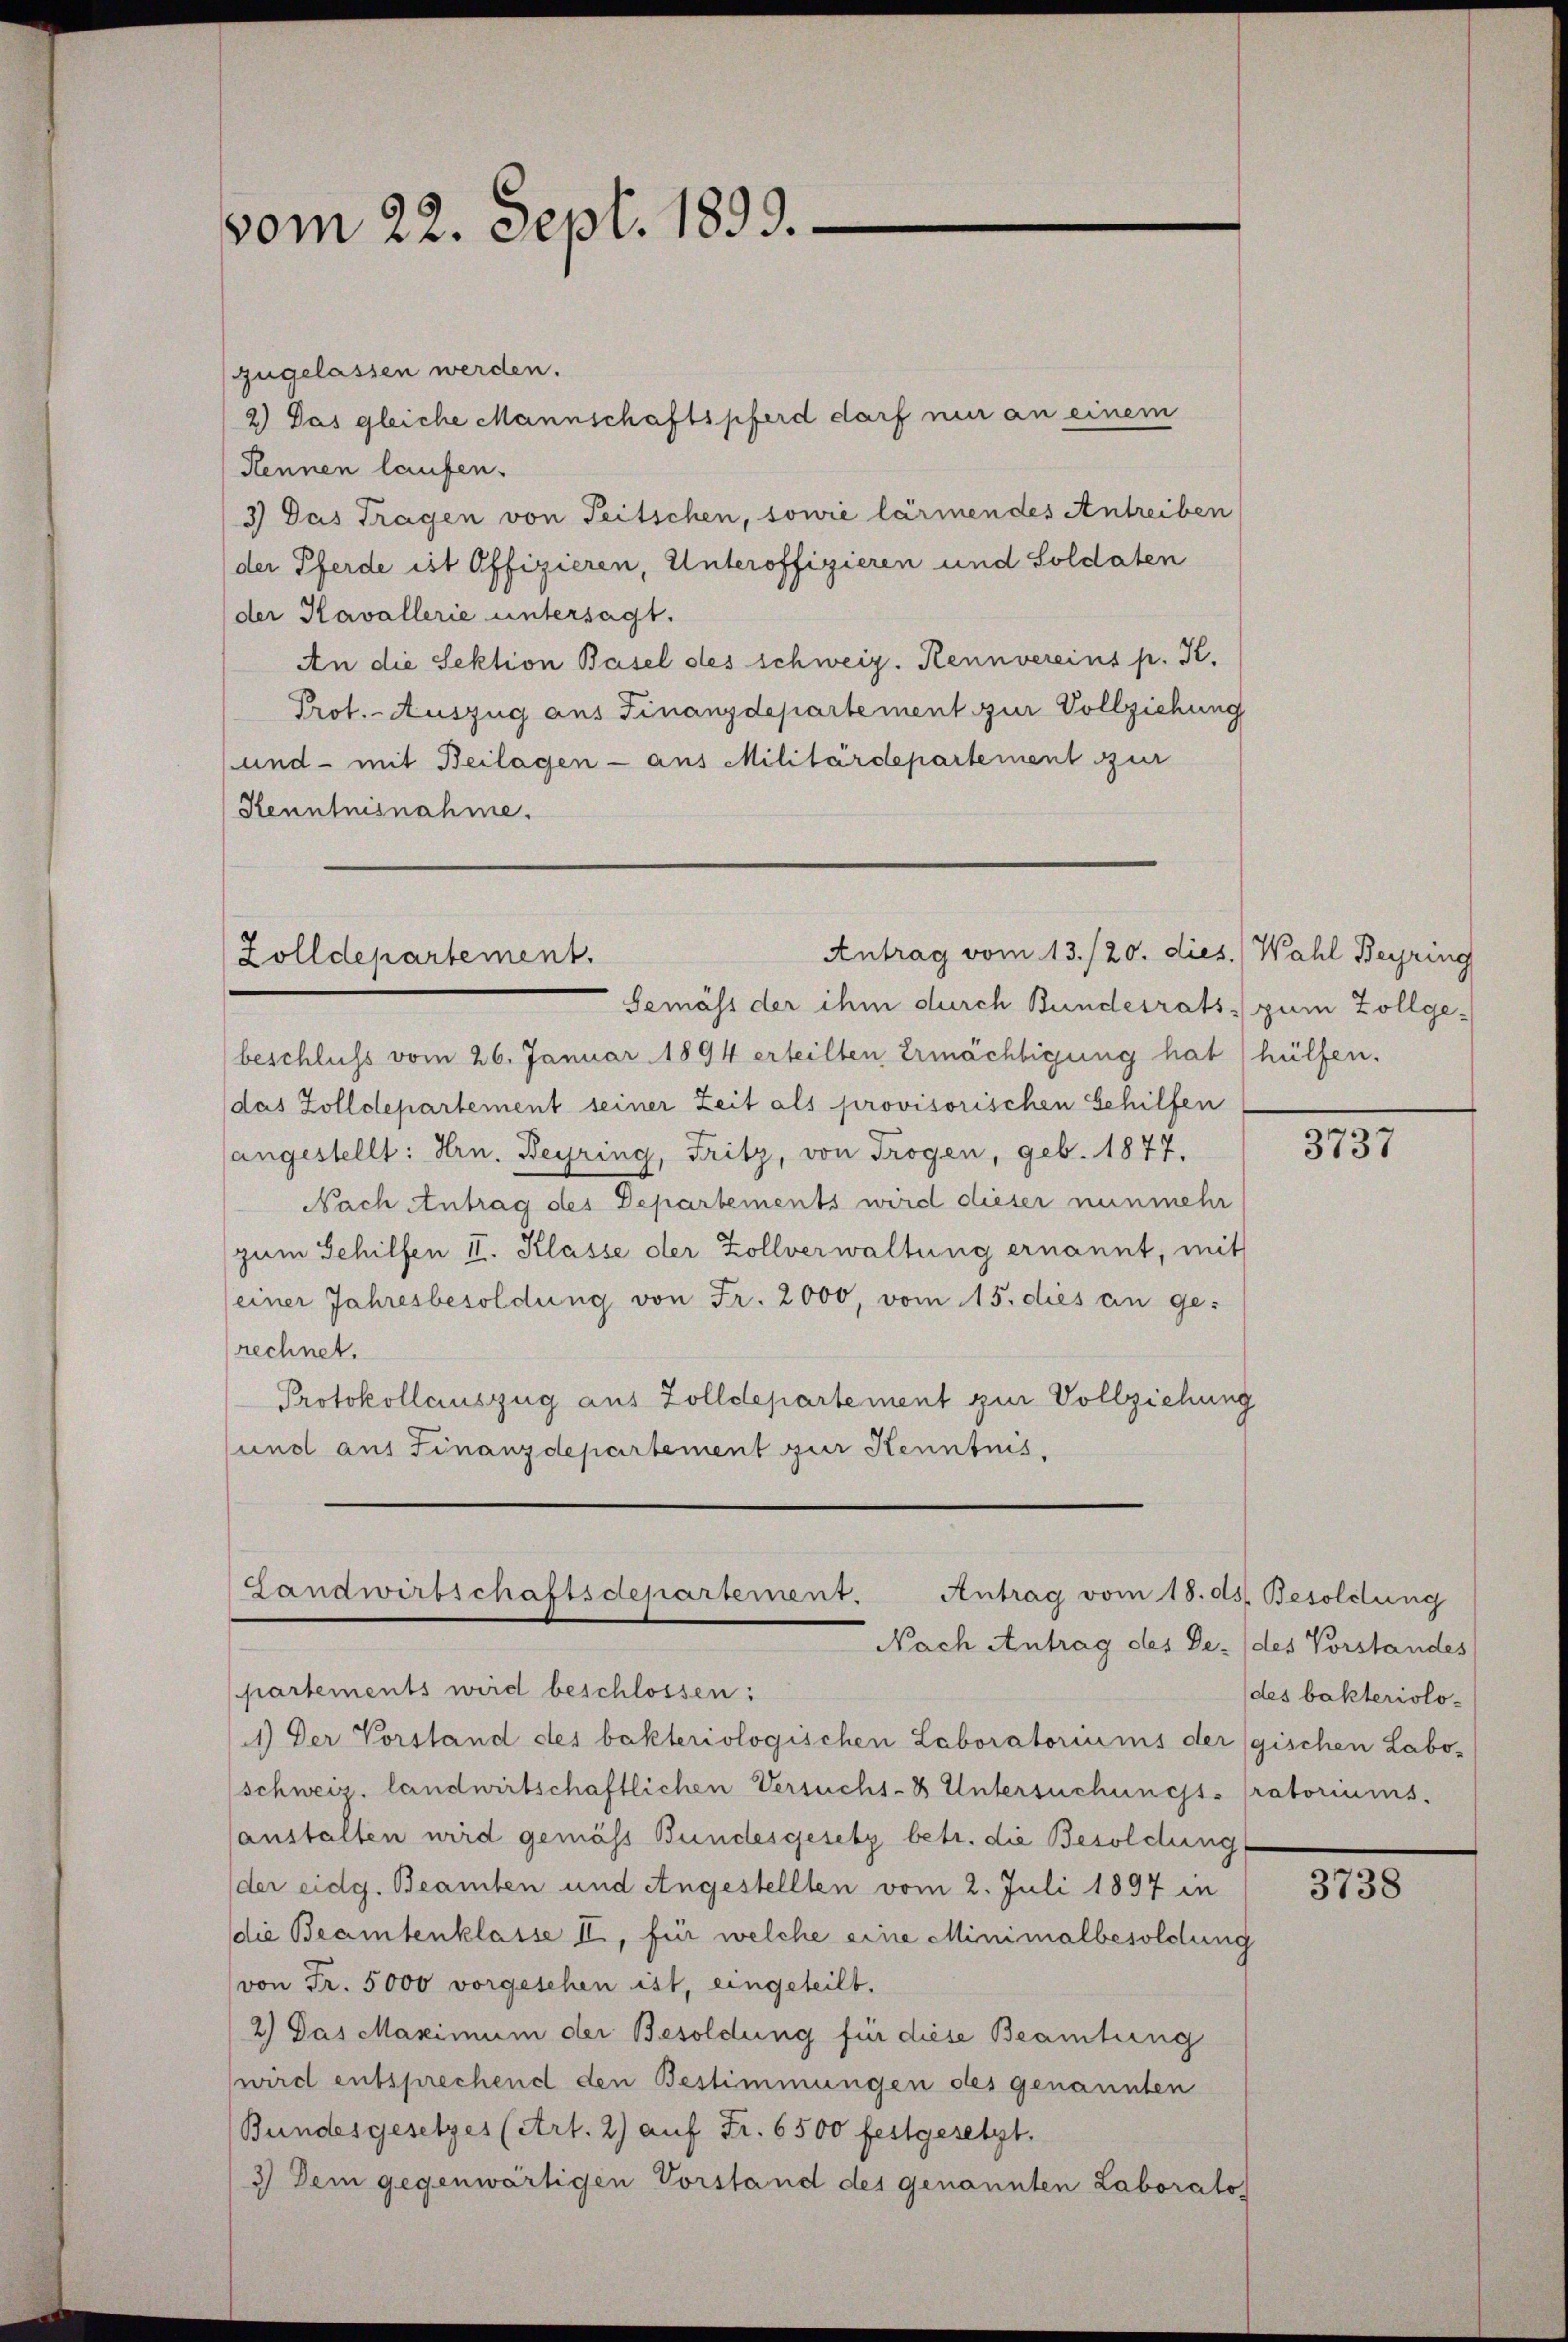
vom 22. Sept. 1893.

zugelassen werden.
2) Das gleiche Mannschaftspferd darf nur an einem
Hennen laufen.
3) Das Tragen von Seitschen, sowie lärmen des Antreiben
(der Pferde ist Offizieren, Unteroffizieren und Soldaten
der Kavallerie untersagt.
An die Sektion Basel des schweiz. Kennvereins p. K.
Prot. - Auszug aus Finanzdepartement zur Vollziehung
und - mit Beilagen - aus Militärdepartement zur
Kenntnisnahme.

Antrag vom 13./20. dies.) Wahl Beyring
Zolldepartement.

Landwirtschaftsdepartement.
Antrag vom 18. ds. Besoldung
Nach Antrag des De-

Semäss der ihm durch Bundesrats zum Zollge-
beschluss vom 26. Januar 1894 erteilten Ermächtigung hat hülfen.
(das Zolldepartement seiner Zeit als provisorischen Gehilfen
sangestellt: Hrn. Beyring, Fritz, von Trogen, geb. 1877,
Nach Antrag des Departements wird dieser nunmehr
zum Schilfen II. Klasse der Zollverwaltung ernannt, mit
einer Jahresbesoldung von Fr. 2000, vom 15. dies an ge-
rechnet.
Protokollauszug aus Zolldepartement zur Vollziehung
und aus Finanzdepartement zur Kenntnis,

partements wird beschlossen:
1) Der Vorstand des bakteriologischen Laboratoriums der (gischen Labo-
schweiz. landwirtschaftlichen Versuchs-B Untersuchungs-Pratoriums.
anstalten wird gemäss Bundesgesetz betr. die Besoldung
der eidg. Beamten und Angestellten vom 2. Juli 1897 in
die Beamtenklasse II., für welche eine Minimalbesoldung
von Fr. 5000 vorgesehen ist, eingeteilt.
2) Das Maximum der Besoldung für diese Beamtung
wird entsprechend den Bestimmungen des genannten
Bundesgesetzes (Art. 2) auf Fr. 6500 festgesetzt.
3) Dem gegenwärtigen Vorstand des genannten Laborato

3737

des Vorstandes
des bakteriolo¬

3738